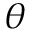
\theta